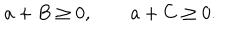
a + B \geq 0 , \qquad a + C \geq 0 .